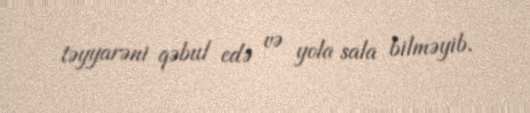
təyyarəni qəbul edə və yola sala bilməyib.